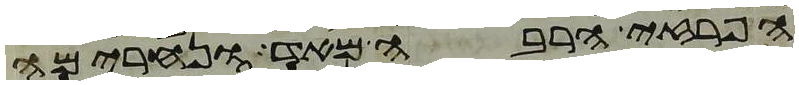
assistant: הפרזי הרבה מאד ונחרימה